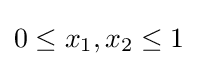
0\leq x_{1},x_{2}\leq 1